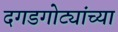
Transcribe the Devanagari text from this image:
दगडगोट्यांच्या